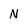
Character: N